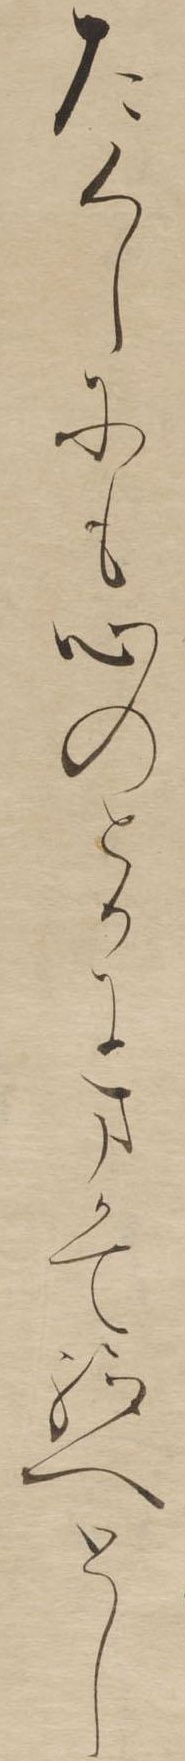
たくしにも心のとかにまかて給へとし